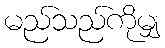
မည်သည်ကိုမျှ